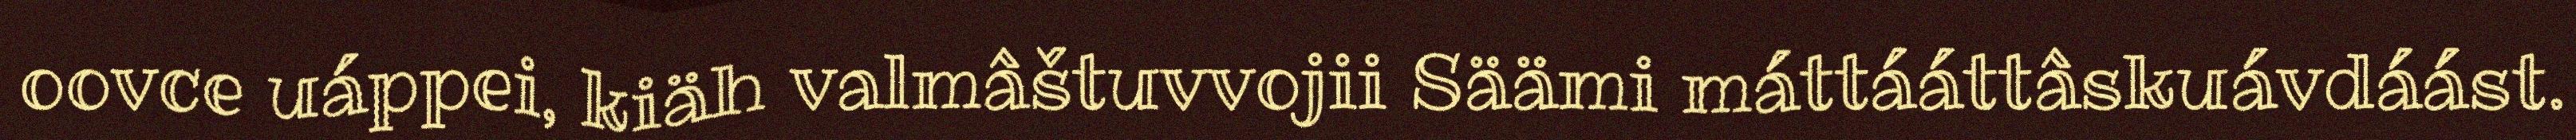
oovce uáppei, kiäh valmâštuvvojii Säämi máttááttâskuávdáást.